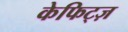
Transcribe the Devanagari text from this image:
केफिट्ज़